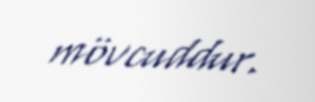
mövcuddur.